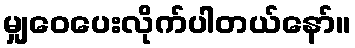
မျှဝေပေးလိုက်ပါတယ်နော်။